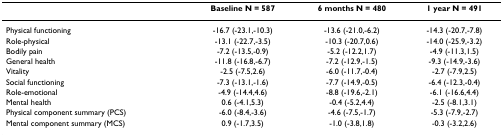
|  | Baseline N = 587 | 6 months N = 480 | 1 year N = 491 |
 | --- | --- | --- | --- |
 | Physical functioning | -16.7 (-23.1,-10.3) | -13.6 (-21.0,-6.2) | -14.3 (-20.7,-7.8) |
 | Role-physical | -13.1 (-22.7,-3.5) | -10.3 (-20.7,0.6) | -14.0 (-25.9,-3.2) |
 | Bodily pain | -7.2 (-13.5,-0.9) | -5.2 (-12.2,1.7) | -4.9 (-11.3,1.5) |
 | General health | -11.8 (-16.8,-6.7) | -7.2 (-12.9,-1.5) | -9.3 (-14.9,-3.6) |
 | Vitality | -2.5 (-7.5,2.6) | -6.0 (-11.7,-0.4) | -2.7 (-7.9,2.5) |
 | Social functioning | -7.3 (-13.1,-1.6) | -7.7 (-14.9,-0.5) | -6.4 (-12.3,-0.4) |
 | Role-emotional | -4.9 (-14.4,4.6) | -8.8 (-19.6,-2.1) | -6.1 (-16.6,4.4) |
 | Mental health | 0.6 (-4.1,5.3) | -0.4 (-5.2,4.4) | -2.5 (-8.1,3.1) |
 | Physical component summary (PCS) | -6.0 (-8.4,-3.6) | -4.6 (-7.5,-1.7) | -5.3 (-7.9,-2.7) |
 | Mental component summary (MCS) | 0.9 (-1.7,3.5) | -1.0 (-3.8,1.8) | -0.3 (-3.2,2.6) |